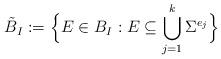
LaTeX: \begin{align*}\tilde{B}_{I}:=\Big\{E\in B_I: E\subseteq \bigcup_{j=1}^k \Sigma^{e_j}\Big\}\end{align*}